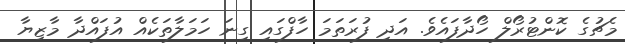
މެޗުގެ ކޮންޓުރޯލް ހޯދާފައެވެ. އަދި ފުރަތަމަ ހާފްގައި ގިނަ ހަމަލާތަކެއް އުފައްދާ މާޒިޔާ